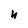
Character: h